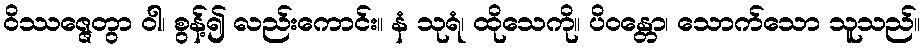
ဝိဿဇ္ဇေတွာ ဝါ၊ စွန့်၍ လည်းကောင်း။ နံ သုရံ၊ ထိုသေကို။ ပိဝန္တော၊ သောက်သော သူသည်။